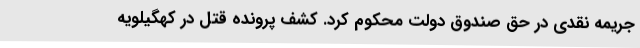
جریمه نقدی در حق صندوق دولت محکوم کرد. کشف پرونده قتل در کهگیلویه